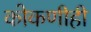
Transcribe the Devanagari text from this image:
कोकणीही